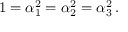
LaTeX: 1 = \alpha _ { 1 } ^ { 2 } = \alpha _ { 2 } ^ { 2 } = \alpha _ { 3 } ^ { 2 } \, .